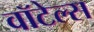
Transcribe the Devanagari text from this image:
वॉटेल्स